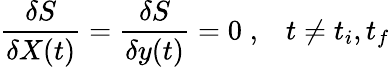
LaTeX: {\frac{\delta S}{\delta X(t)}}={\frac{\delta S}{\delta y(t)}}=0\; ,\; \; \; t\neq t_{i},t_{f}